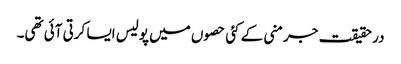
در حقیقت جرمنی کے کئی حصوں میں پولیس ایسا کرتی آئی تھی۔